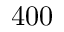
4 0 0